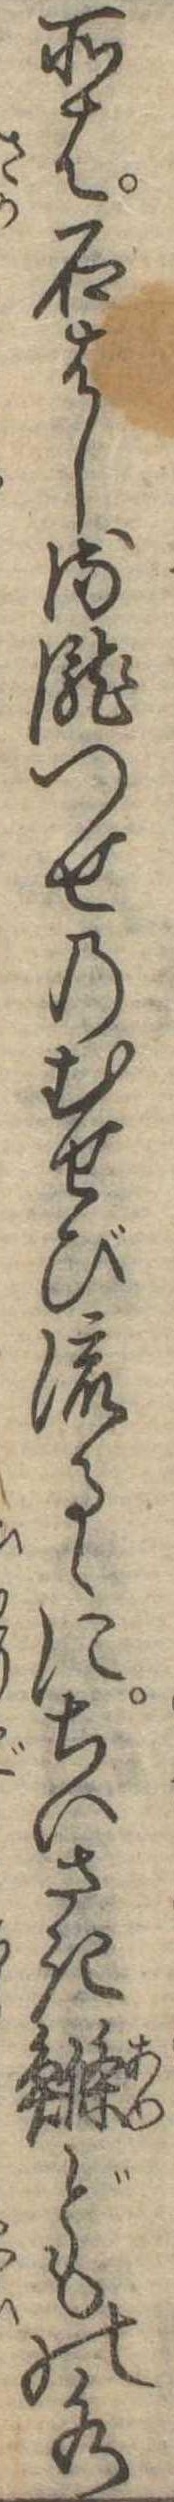
所は石はしる滝つせのむせび流るゝにちいさきどもの水